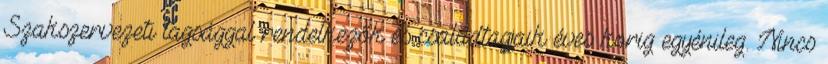
Szakszervezeti tagsággal rendelkezők és családtagjaik éves korig egyénileg. Nincs